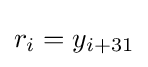
r_{i}=y_{i+31}